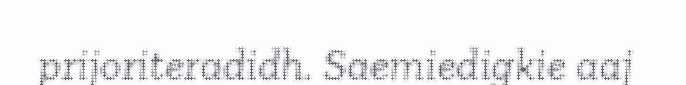
prijoriteradidh. Saemiedigkie aaj